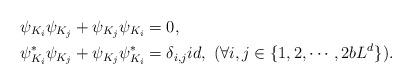
LaTeX: \begin{align*}&\psi_{K_i}\psi_{K_j}+\psi_{K_j}\psi_{K_i}=0,\\&\psi_{K_i}^*\psi_{K_j}+\psi_{K_j}\psi_{K_i}^*=\delta_{i,j}id,\ (\forall i,j\in \{1,2,\cdots,2bL^d\}).\end{align*}